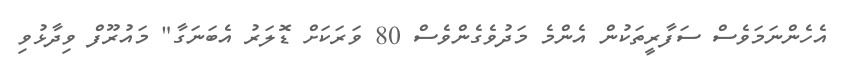
އެހެންނަމަވެސް ސަފާރީތަކުން އެންމެ މަދުވެގެންވެސް 80 ވަރަކަށް ޑޮލަރު އެބަނަގާ" މައުރޫފް ވިދާޅުވި